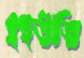
ইইউভি